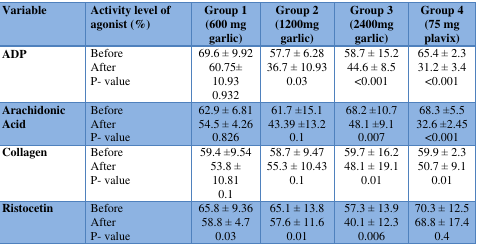
| Variable | Activity level of agonist (%) | Group 1(600 mg garlic) | Group 2(1200mg garlic) | Group 3(2400mg garlic) | Group 4(75 mg plavix) |
 | --- | --- | --- | --- | --- | --- |
 | ADP | BeforeAfter P- value | 69.6 ± 9.9260.75± 10.930.932 | 57.7 ± 6.2836.7 ± 10.930.03 | 58.7 ± 15.244.6 ± 8.5<0.001 | 65.4 ± 2.331.2 ± 3.4<0.001 |
 | Arachidonic Acid | Before After P- value | 62.9 ± 6.8154.5 ± 4.260.826 | 61.7 ±15.143.39 ±13.20.1 | 68.2 ±10.748.1 ±9.10.007 | 68.3 ±5.532.6 ±2.45<0.001 |
 | Collagen | Before After P- value | 59.4 ±9.5453.8 ± 10.810.1 | 58.7 ± 9.4755.3 ± 10.430.1 | 59.7 ± 16.248.1 ± 19.10.01 | 59.9 ± 2.350.7 ± 9.10.01 |
 | Ristocetin | Before After P- value | 65.8 ± 9.3658.8 ± 4.70.03 | 65.1 ± 13.857.6 ± 11.60.01 | 57.3 ± 13.940.1 ± 12.30.006 | 70.3 ± 12.568.8 ± 17.40.4 |